Problem: 49 + 30 = ?
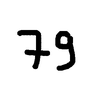
Handwritten answer: 79